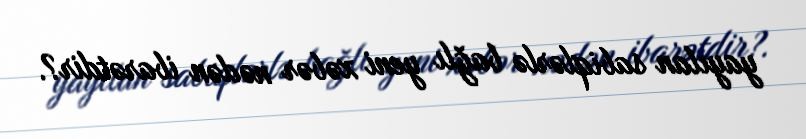
yayılan sabiqlərlə bağlı yeni xəbər nədən ibarətdir?.